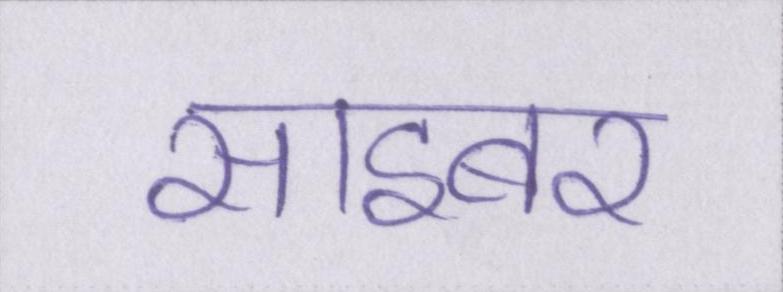
साइबर